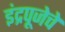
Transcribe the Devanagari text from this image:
इंद्रपूजेचे